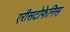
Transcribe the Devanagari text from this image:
एरीसटोफेनिस